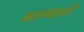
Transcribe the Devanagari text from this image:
धान्यादी